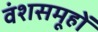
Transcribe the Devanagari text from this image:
वंशसमूहों